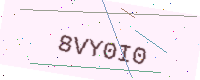
Text: 8VY0I0